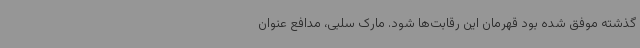
گذشته موفق شده بود قهرمان این رقابت‌ها شود. مارک سلبی، مدافع عنوان